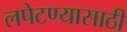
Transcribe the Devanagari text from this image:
लपेटण्यासाठी